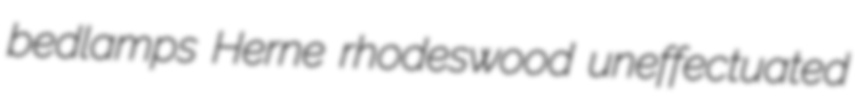
bedlamps Herne rhodeswood uneffectuated